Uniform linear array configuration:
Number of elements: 64
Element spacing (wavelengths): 1
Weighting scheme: uniform
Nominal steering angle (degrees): -15
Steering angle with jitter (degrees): -15.029
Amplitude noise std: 0.05
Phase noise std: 0.05

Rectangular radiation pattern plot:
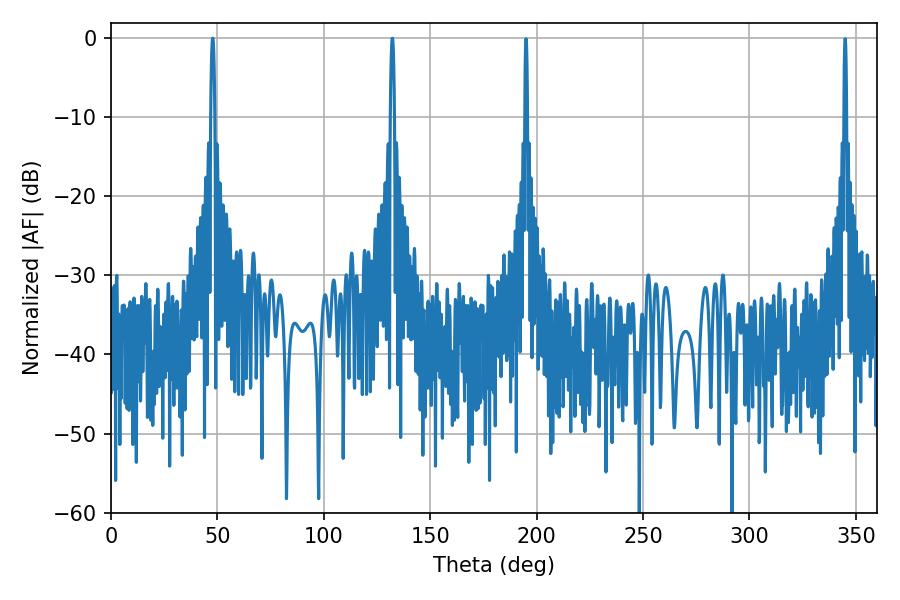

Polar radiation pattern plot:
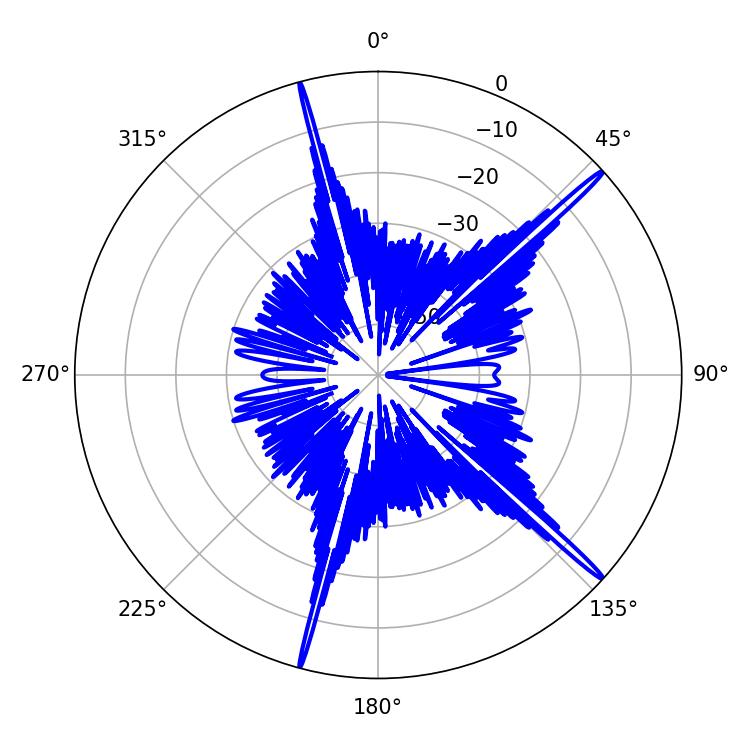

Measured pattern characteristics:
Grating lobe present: TRUE
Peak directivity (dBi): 18.814
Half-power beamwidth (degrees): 0.9
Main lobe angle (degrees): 47.88